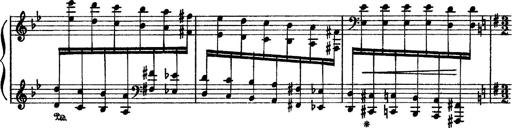
Title: Sarabande und Chaconne aus dem Singspiel
Composer: Franz Liszt